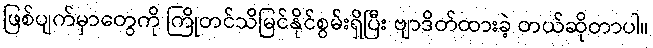
ဖြစ်ပျက်မှာတွေကို ကြိုတင်သိမြင်နိုင်စွမ်းရှိပြီး ဗျာဒိတ်ထားခဲ့ တယ်ဆိုတာပါ။